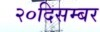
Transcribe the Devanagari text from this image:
२०दिसम्बर